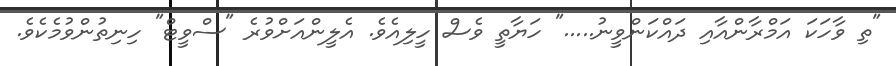
"ތި ވާހަކަ އަމްރާންއާއި ދައްކަންވީނު....." ހަޔާތީ ވެސް ހީލިއެވެ. އެލީންއަށްވުރެ "ސްވީޓް" ހިނިތުންވުމެކެވެ.